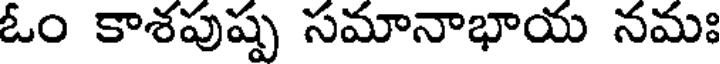
ఓం కాశపుష్ప సమానాభాయ నమః